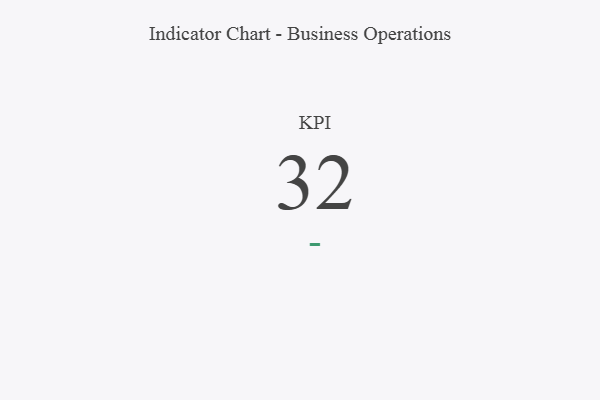
{"axis": {"x": "KPI", "y": "Value"}, "legend": [""], "data": [{"x": "KPI", "y": 32, "type": ""}]}